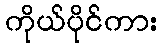
ကိုယ်ပိုင်ကား